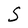
Character: S